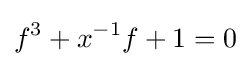
f^{3}+x^{-1}f+1=0